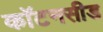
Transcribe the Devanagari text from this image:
कॉटनसीड